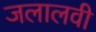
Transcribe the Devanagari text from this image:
जलालवी